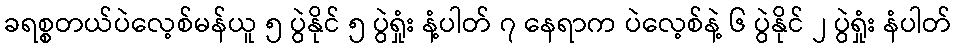
ခရစ္စတယ်ပဲလေ့စ်မန်ယူ ၅ ပွဲနိုင် ၅ ပွဲရှုံး နံ့ပါတ် ၇ နေရာက ပဲလေ့စ်နဲ့ ၆ ပွဲနိုင် ၂ ပွဲရှုံး နံပါတ်